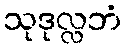
သုဒုလ္လဘံ